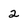
Character: 2